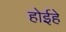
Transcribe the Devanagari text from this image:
होईहे